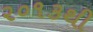
૨૦૧૩થી